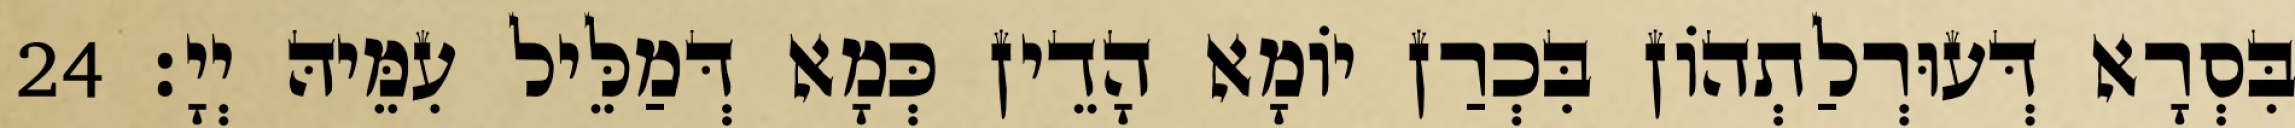
בִּסְרָא דְּעוּרְלַתְהוֹן בִּכְרַן יוֹמָא הָדֵין כְּמָא דְּמַלֵּיל עִמֵּיהּ יְיָ׃ 24